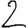
Digit: 2